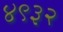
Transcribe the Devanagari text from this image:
४९३२